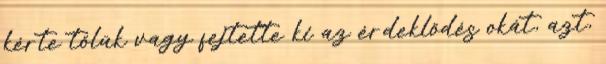
kérte tőlük vagy fejtette ki az érdeklődés okát, azt,